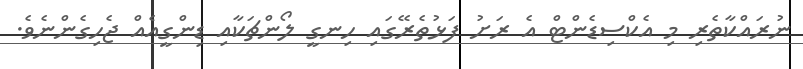
ނުރައްކާތެރި މި އެކްސިޑެންޓް އެ ރަށު ފަޅުތެރޭގައި ހިނގީ ލޯންޗަކާއި ޑިންގީއެއް ޖެހިގެންނެވެ.